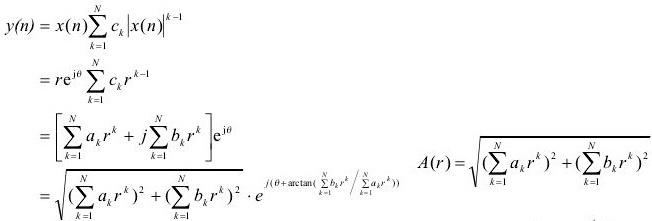
\[
\begin{align*}
y(n)&=x(n)\sum_{k = 1}^{N}c_{k}|x(n)|^{k - 1}\\
&=re^{j\theta}\sum_{k = 1}^{N}c_{k}r^{k - 1}\\
&=\left[\sum_{k = 1}^{N}a_{k}r^{k}+j\sum_{k = 1}^{N}b_{k}r^{k}\right]e^{j\theta}\\
&=\sqrt{\left(\sum_{k = 1}^{N}a_{k}r^{k}\right)^{2}+\left(\sum_{k = 1}^{N}b_{k}r^{k}\right)^{2}}\cdot e^{j\left(\theta+\arctan\left(\sum_{k = 1}^{N}b_{k}r^{k}/\sum_{k = 1}^{N}a_{k}r^{k}\right)\right)}\\
\end{align*}
\quad
A(r)=\sqrt{\left(\sum_{k = 1}^{N}a_{k}r^{k}\right)^{2}+\left(\sum_{k = 1}^{N}b_{k}r^{k}\right)^{2}}
\]